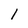
Character: l